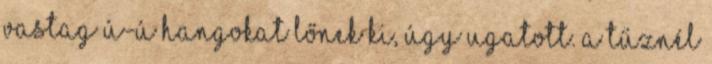
vastag ú-ú hangokat lőnek ki, úgy ugatott. A tűznél